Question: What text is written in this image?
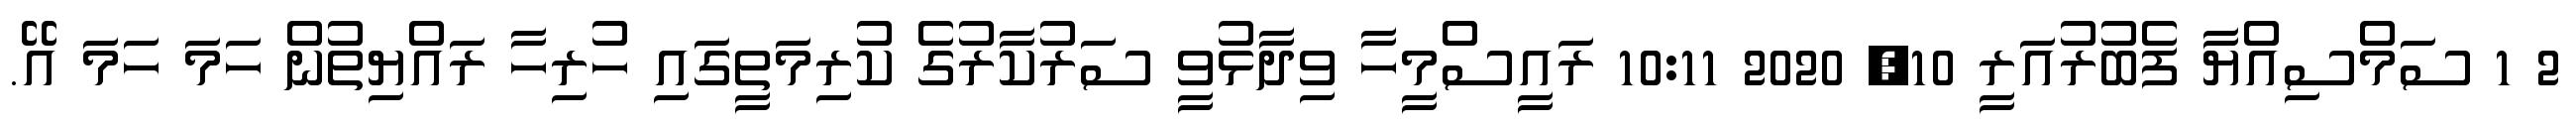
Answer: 2 1 ސަމްސިއްޔާ ފެބުރުއަރީ 10, 2020 10:11 ރައީސްމީހާ ވިދާޅުވީ ސަރުކާރުގެ ކުރިމަތީގައި ހުރިހާ ރައްޔިތުން ހަމަ ހަމަ އޭ.